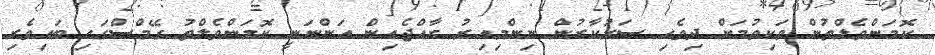
ކޮމަންވެލްތުން ވަކިވުމަށް ދިވެހި ސަރުކާރުން ނިންމިއިރު ރާއްޖެއިން އަންނަނީ ކޮމަންވެލްތު ގޭމްސްގައި ބައިވެރި